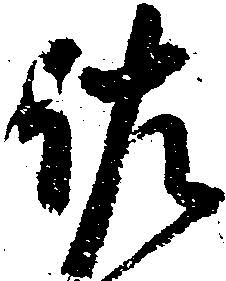
佐